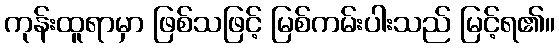
ကုန်းထူရာမှာ ဖြစ်သဖြင့် မြစ်ကမ်းပါးသည် မြင့်ရ၏။